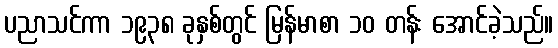
ပညာသင်ကာ ၁၉၃၈ ခုနှစ်တွင် မြန်မာစာ ၁၀ တန်း အောင်ခဲ့သည်။